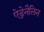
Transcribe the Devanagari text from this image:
ऐड्रेनैलिन